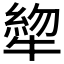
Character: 𰠺